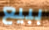
ببيع